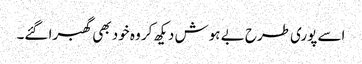
اسے پوری طرح بے ہوش دیکھ کر وہ خود بھی گھبرا گئے۔